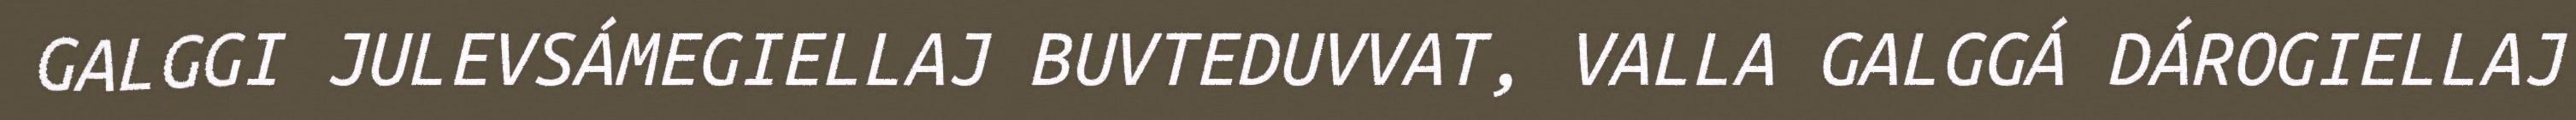
GALGGI JULEVSÁMEGIELLAJ BUVTEDUVVAT, VALLA GALGGÁ DÁROGIELLAJ